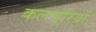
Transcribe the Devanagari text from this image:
कलचूरियों